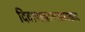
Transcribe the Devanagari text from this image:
दिवाणखान्यासारखाच